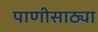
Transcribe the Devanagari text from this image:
पाणीसाठ्या